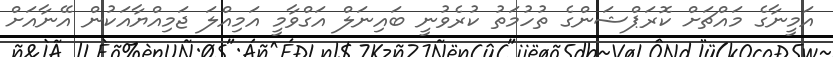
އަމީނާގެ މައްޗަށް ކޮރަޕްޝަންގެ ތުހުމަތު ކުރެވުނީ ބައިނަލް އަގްވާމީ އަމިއްލަ ޖަމިއްޔާއަކުން އޭނާއަށް